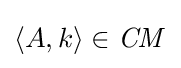
\langle A,k\rangle \in {\mathit {CM}}